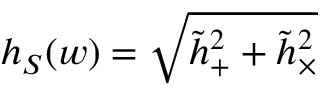
h _ { S } ( w ) = \sqrt { { \tilde { h } } _ { + } ^ { 2 } + { \tilde { h } } _ { \times } ^ { 2 } }